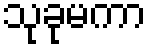
သုခုမကာ